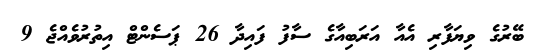
ބޭރުގެ ވިޔަފާރި އެއާ އަރަބިއާގެ ސާފު ފައިދާ 26 ޕަސެންޓް އިތުރުވެއްޖެ 9